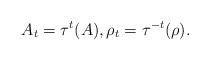
LaTeX: \begin{align*}A_t = \tau ^t (A), \rho_t = \tau^{-t} ( \rho).\end{align*}